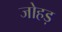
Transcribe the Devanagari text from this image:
जोहड़